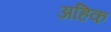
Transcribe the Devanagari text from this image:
अहिक